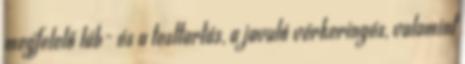
megfelelő láb- és a testtartás, a javuló vérkeringés, valamint